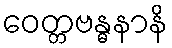
ဝေတ္တဗန္ဓနာနိ